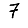
Digit: 7